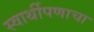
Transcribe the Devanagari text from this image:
स्वार्थीपणाचा